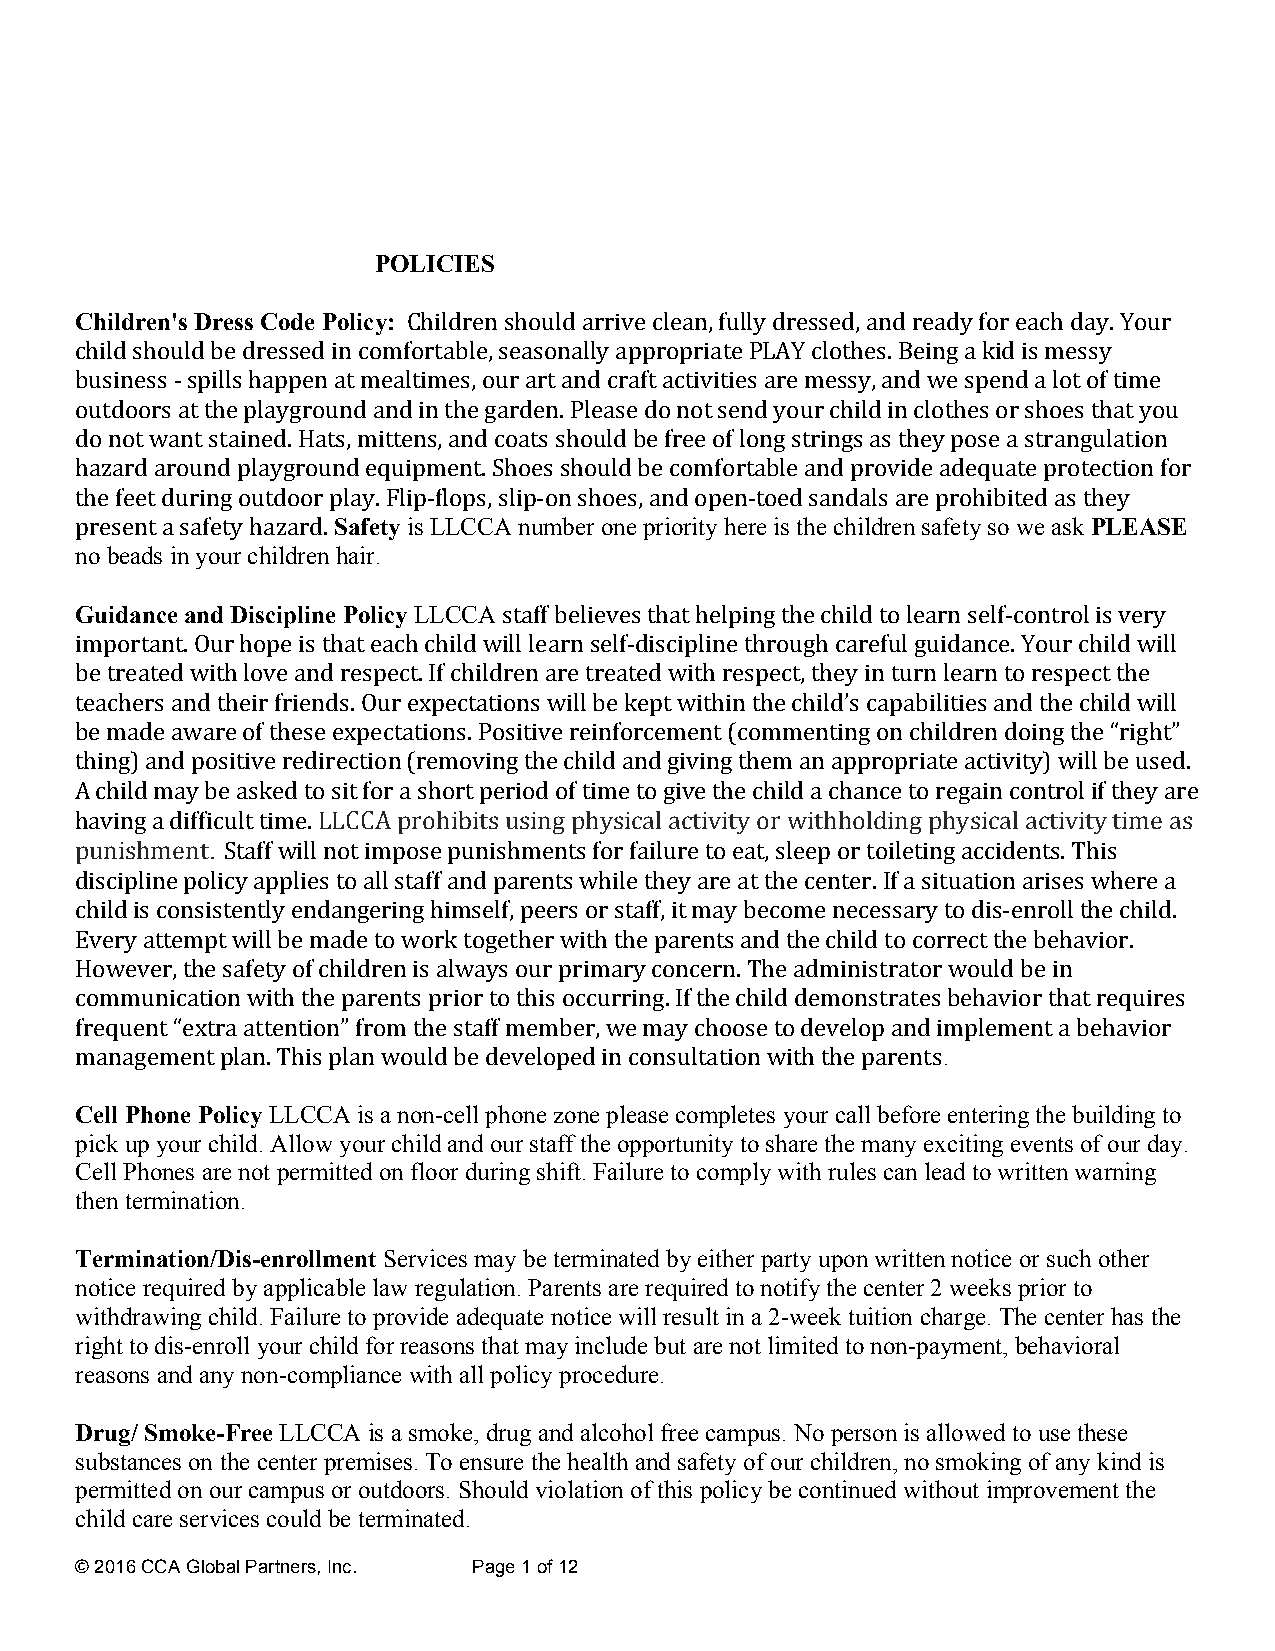
POLICIES
 Children's Dress Code Policy: Children should arrive clean, fully dressed, and ready for each day. Your
 child should be dressed in comfortable, seasonally appropriate PLAY clothes. Being a kid is messy
 business - spills happen at mealtimes, our art and craft activities are messy, and we spend a lot of time
 outdoors at the playground and in the garden. Please do not send your child in clothes or shoes that you
 do not want stained. Hats, mittens, and coats should be free of long strings as they pose a strangulation
 hazard around playground equipment. Shoes should be comfortable and provide adequate protection for
 the feet during outdoor play. Flip-flops, slip-on shoes, and open-toed sandals are prohibited as they
 present a safety hazard. Safety is LLCCA number one priority here is the children safety so we ask PLEASE
 no beads in your children hair.
 Guidance and Discipline Policy LLCCA staff believes that helping the child to learn self-control is very
 important. Our hope is that each child will learn self-discipline through careful guidance. Your child will
 be treated with love and respect. If children are treated with respect, they in turn learn to respect the
 teachers and their friends. Our expectations will be kept within the child’s capabilities and the child will
 be made aware of these expectations. Positive reinforcement (commenting on children doing the “right”
 thing) and positive redirection (removing the child and giving them an appropriate activity) will be used.
 A child may be asked to sit for a short period of time to give the child a chance to regain control if they are
 having a difficult time. LLCCA prohibits using physical activity or withholding physical activity time as
 punishment. Staff will not impose punishments for failure to eat, sleep or toileting accidents. This
 discipline policy applies to all staff and parents while they are at the center. If a situation arises where a
 child is consistently endangering himself, peers or staff, it may become necessary to dis-enroll the child.
 Every attempt will be made to work together with the parents and the child to correct the behavior.
 However, the safety of children is always our primary concern. The administrator would be in
 communication with the parents prior to this occurring. If the child demonstrates behavior that requires
 frequent “extra attention” from the staff member, we may choose to develop and implement a behavior
 management plan. This plan would be developed in consultation with the parents.
 Cell Phone Policy LLCCA is a non-cell phone zone please completes your call before entering the building to
 pick up your child. Allow your child and our staff the opportunity to share the many exciting events of our day.
 Cell Phones are not permitted on floor during shift. Failure to comply with rules can lead to written warning
 then termination.
 Termination/Dis-enrollment Services may be terminated by either party upon written notice or such other
 notice required by applicable law regulation. Parents are required to notify the center 2 weeks prior to
 withdrawing child. Failure to provide adequate notice will result in a 2-week tuition charge. The center has the
 right to dis-enroll your child for reasons that may include but are not limited to non-payment, behavioral
 reasons and any non-compliance with all policy procedure.
 Drug/ Smoke-Free LLCCA is a smoke, drug and alcohol free campus. No person is allowed to use these
 substances on the center premises. To ensure the health and safety of our children, no smoking of any kind is
 permitted on our campus or outdoors. Should violation of this policy be continued without improvement the
 child care services could be terminated.
 © 2016 CCA Global Partners, Inc. Page 1 of 12